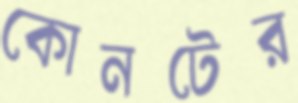
কোনটের